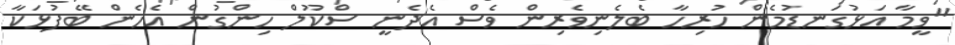
"ވީމާ އަޅުގަނޑުމެން ހުރިހާ ބެލެނިވެރިން ވެސް އެދެނީ ސްކޫލް ހިންގުން އެހެން ބޭފުޅަކާ